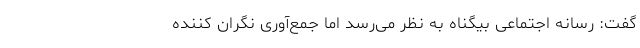
گفت: رسانه اجتماعی بیگناه به نظر می‌رسد اما جمع‌آوری نگران کننده